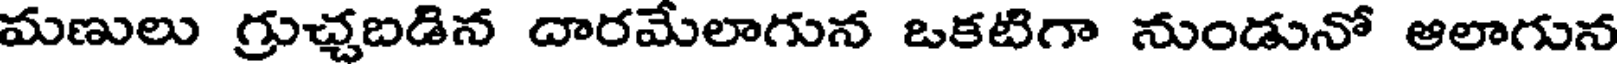
మణులు గ్రుచ్చబడిన దారమేలాగున ఒకటిగా నుండునో ఆలాగున